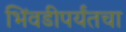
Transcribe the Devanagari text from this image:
भिंवडीपर्यंतचा